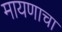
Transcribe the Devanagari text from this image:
मायणाचा